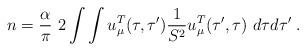
LaTeX: \begin{align*}n= {\alpha\over \pi }~ 2 \int \int u_\mu^T(\tau,\tau'){1\over S^2} u_\mu^T(\tau',\tau) ~d\tau d\tau'\; .\end{align*}